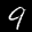
Label: 9